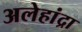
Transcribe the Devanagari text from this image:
अलेहांद्रा